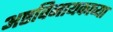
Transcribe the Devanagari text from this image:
अष्टविनायकाच्या